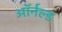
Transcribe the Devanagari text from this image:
ऑर्नल्ड